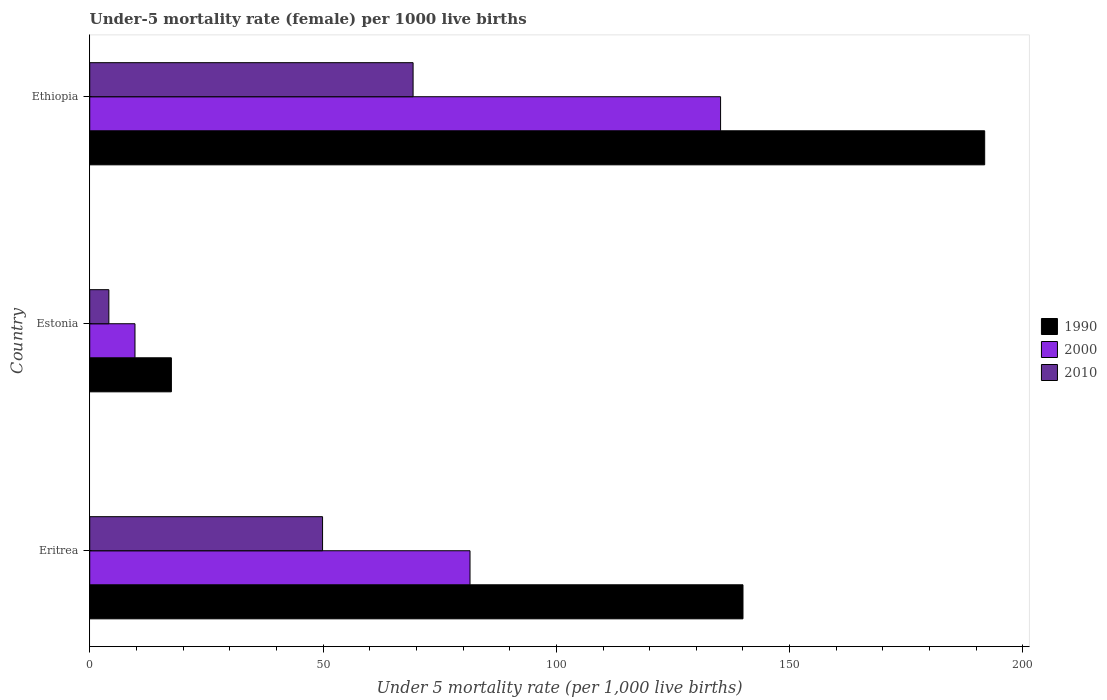
| Country | 1990 | 2000 | 2010 |
 | --- | --- | --- | --- |
 | Eritrea | 140 | 81.5 | 49.9 |
 | Estonia | 17.5 | 9.7 | 4.1 |
 | Ethiopia | 192 | 135 | 69.3 |